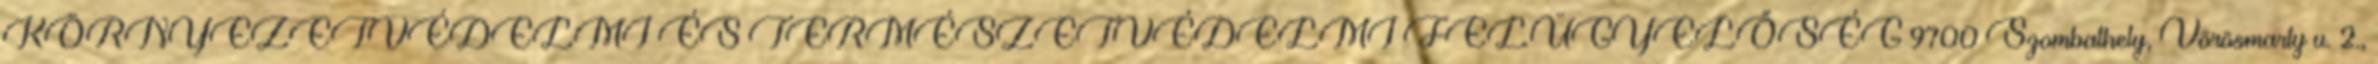
KÖRNYEZETVÉDELMI ÉS TERMÉSZETVÉDELMI FELÜGYELŐSÉG 9700 Szombathely, Vörösmarty u. 2.,